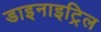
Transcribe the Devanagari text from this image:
डाइनाइट्रिल